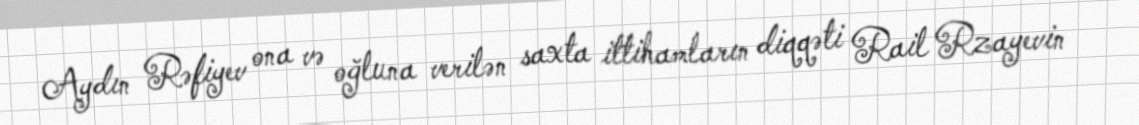
Aydın Rəfiyev ona və oğluna verilən saxta ittihamların diqqəti Rail Rzayevin